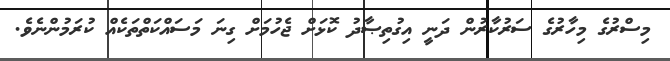
މިސްރުގެ މިހާރުގެ ސަރުކާރުން ދަނީ އިގުތިޞާދު ކޮޅަށް ޖެހުމަށް ގިނަ މަސައްކަތްތަކެއް ކުރަމުންނެވެ.